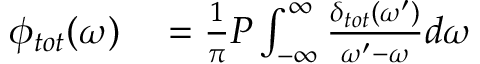
\begin{array} { r l } { \phi _ { t o t } ( \omega ) } & { { } = \frac { 1 } { \pi } P \int _ { - \infty } ^ { \infty } \frac { \delta _ { t o t } ( \omega ^ { \prime } ) } { \omega ^ { \prime } - \omega } d \omega } \end{array}